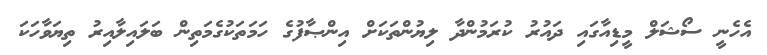
އެހެނީ ސޯޝަލް މީޑިއާގައި ދައުރު ކުރަމުންދާ ލިޔުންތަކަށް އިންޞާފުގެ ހަމަތަކުގެމަތިން ބަލައިލާއިރު ތިޔަވާހަކަ